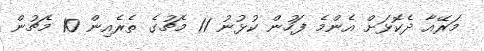
މަރޭއާ ދެކޮޅަށް އެންމެ ފަހުން ކުޅުނު 11 މެޗުގެ ތެރެއިން 10 މެޗުން